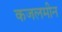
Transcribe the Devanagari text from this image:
कजलमीन